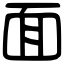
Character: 面